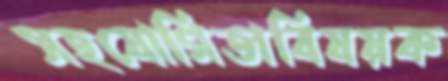
সহযোগিতাবিষয়ক